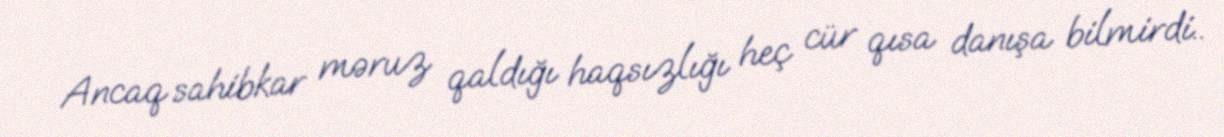
Ancaq sahibkar məruz qaldığı haqsızlığı heç cür qısa danışa bilmirdi..